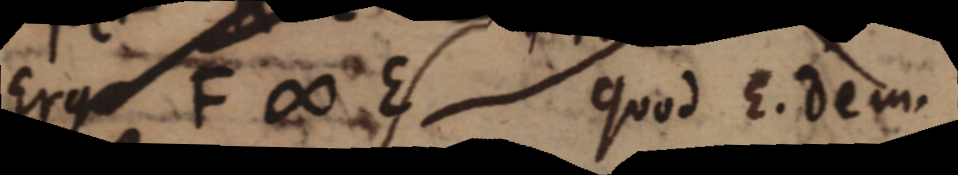
Ergo F ∞ E quod E. dem.